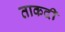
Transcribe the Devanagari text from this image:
ताकदी